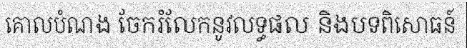
គោលបំណង ចែករំលែកនូវលទ្ធផល និងបទពិសោធន៍